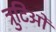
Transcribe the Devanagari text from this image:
त्रुटिओं